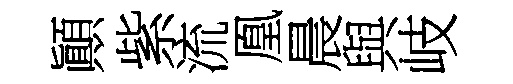
顚紫流凰晨與岐